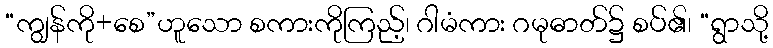
“ကျွန်ကို+စေ”ဟူသော စကားကိုကြည့်၊ ဂါမံကား ဂမုဓာတ်၌ စပ်၏၊ “ရွာသို့